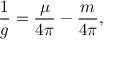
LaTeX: \frac { 1 } { g } = \frac { \mu } { 4 \pi } - \frac { m } { 4 \pi } ,